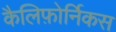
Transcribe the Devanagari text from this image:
कैलिफ़ोर्निकस